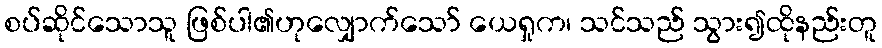
စပ်ဆိုင်သောသူ ဖြစ်ပါ၏ဟုလျှောက်သော် ယေရှုက၊ သင်သည် သွား၍ထိုနည်းတူ